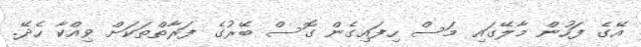
އޭގެ ފަހުން މާލޭގައި މަސް ހިފައިގެން ގޮސް ބޭރުގެ ފަރާތްތަކަށް ވިއްކާ ހެދޭ.